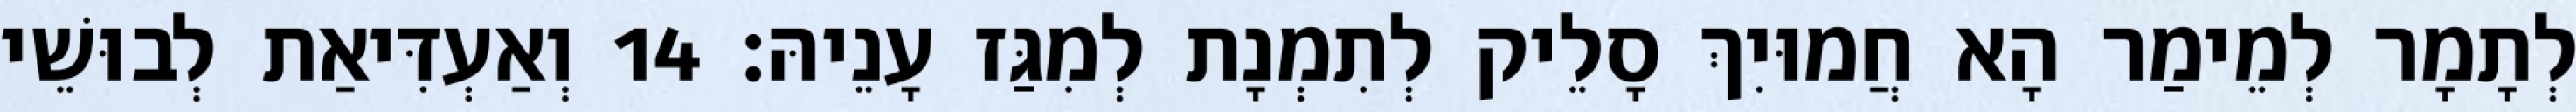
לְתָמָר לְמֵימַר הָא חֲמוּיִךְ סָלֵיק לְתִמְנָת לְמִגַּז עָנֵיהּ׃ 14 וְאַעְדִּיאַת לְבוּשֵׁי